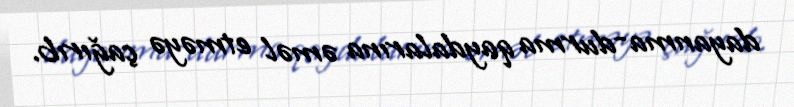
dayanma-durma qaydalarına əməl etməyə çağırıb.